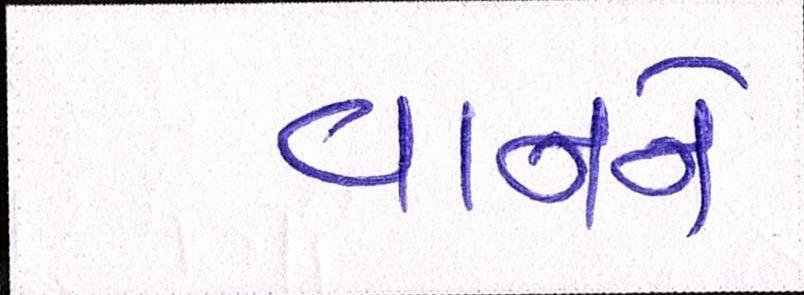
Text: વાનને